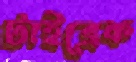
টাইব্রেক